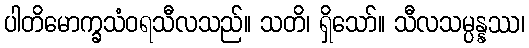
ပါတိမောက္ခသံဝရသီလသည်။ သတိ၊ ရှိသော်။ သီလသမ္ပန္နဿ၊